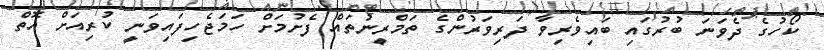
ކޯހުގެ ދެވަނަ ބުރުގައި ބައިވެރިވާ ދަރިވަރުންގެ ތަމްރީނުތައް ފެށުމަށް ހަމަޖެހިފައިވަނީ ކުރިއަށް އޮތް